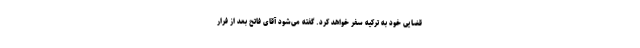
قضایی خود به ترکیه سفر خواهد کرد. گفته می‌شود آقای فاتح بعد از فرار